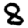
Digit: 8